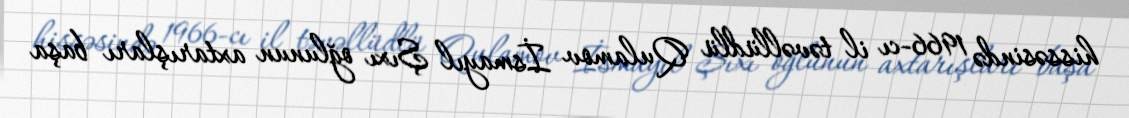
hissəsində 1966-cı il təvəllüdlü Qulamov İsmayıl Şıxı oğlunun axtarışları başa